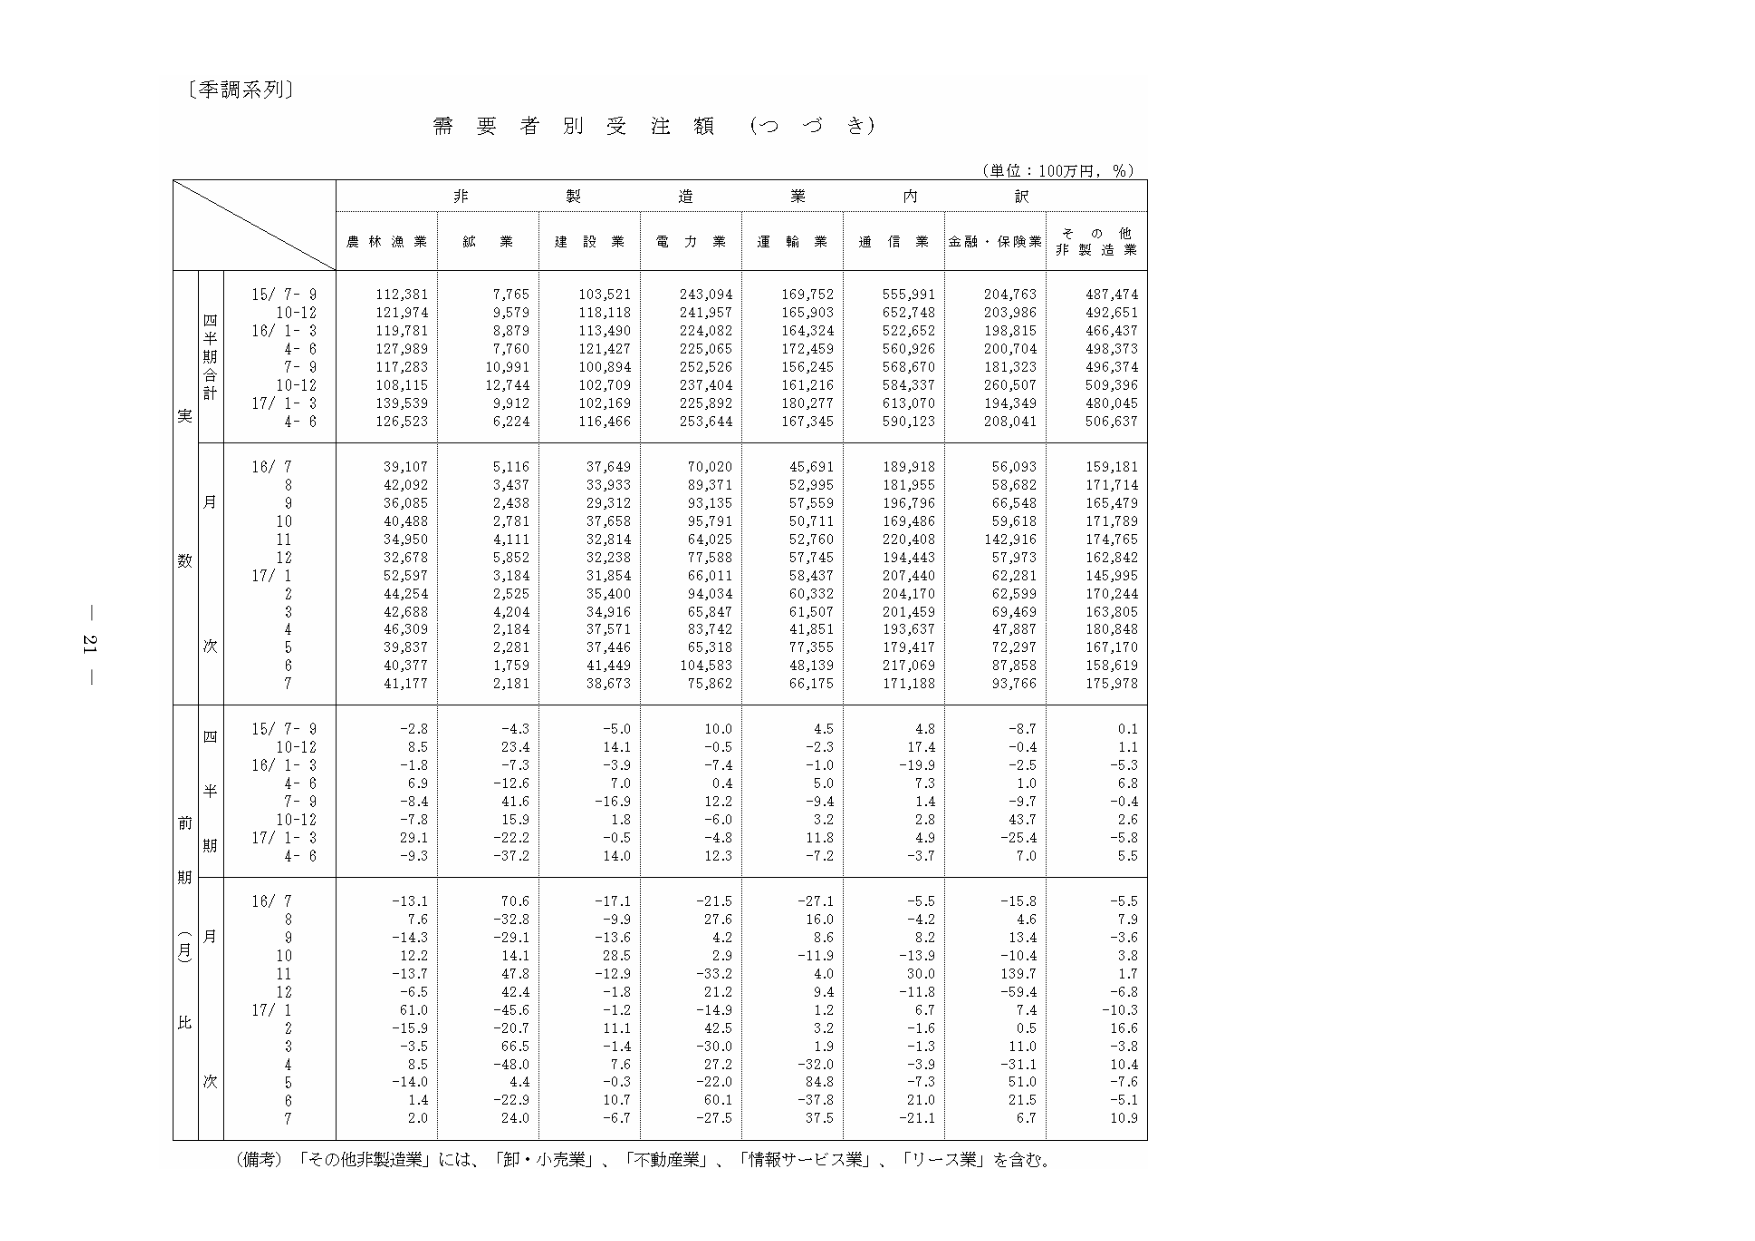
〔季調系列〕

需要者別受注額（つづき）

（単位：100万円，％）